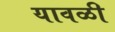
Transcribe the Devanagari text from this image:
यावळी